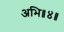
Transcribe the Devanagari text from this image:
अभि॥४॥